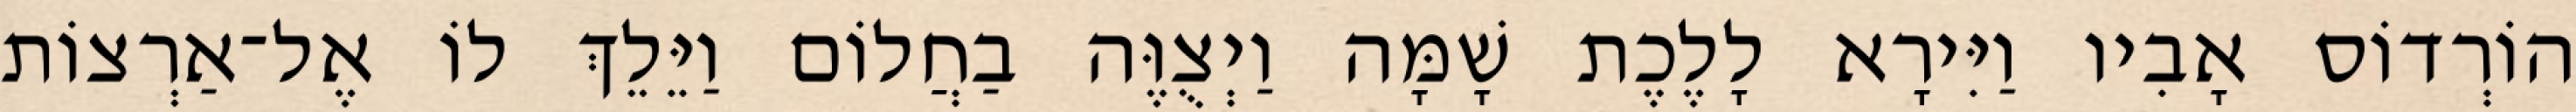
הוֹרְדוֹס אָבִיו וַיִּירָא לָלֶכֶת שָׁמָּה וַיְצֻוֶּה בַחֲלוֹם וַיֵּלֵךְ לוֹ אֶל־אַרְצוֹת